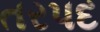
તરપદ